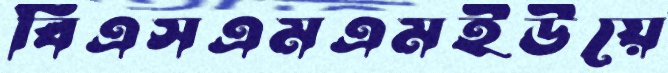
বিএসএমএমইউয়ে